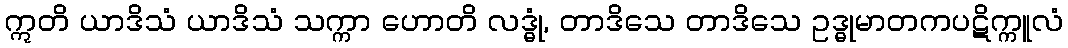
ဣတိ ယာဒိသံ ယာဒိသံ သက္ကာ ဟောတိ လဒ္ဓုံ, တာဒိသေ တာဒိသေ ဥဒ္ဓုမာတကပဋိက္ကူလံ